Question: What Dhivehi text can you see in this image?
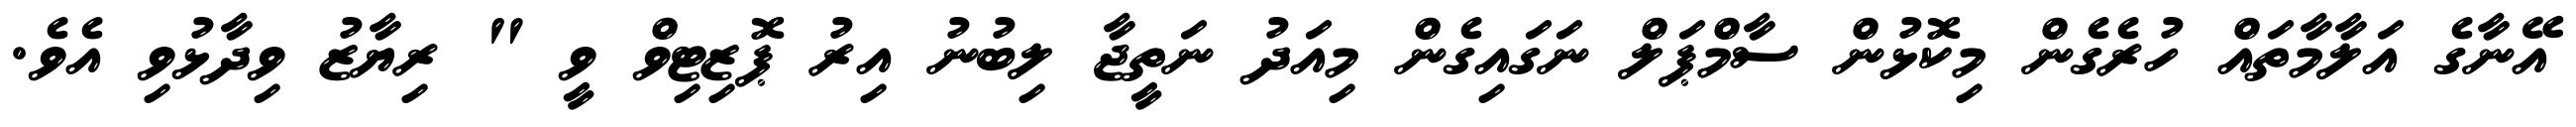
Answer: އޭނާގެ އަލާމާތައް ހުރެގެން މިކޮޅުން ސާމްޕަލް ނަގައިގެން މިއަދު ނަތީޖާ ލިބުނު އިރު ޕޮޒިޓިވް ވީ " ރިޔާޒު ވިދާޅުވި އެވެ.